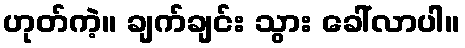
ဟုတ်ကဲ့။ ချက်ချင်း သွား ခေါ်လာပါ။